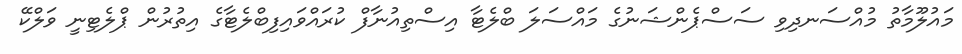
މައުލޫމާތު މުއްސަނދިވި ސަސްޕެންޝަނުގެ މައްސަލަ ބްލެޓާ އިސްތިއުނާފް ކުރައްވައިފިބްލެޓާގެ އިތުރުން ޕްލެޓިނީ ވަލްކޭ